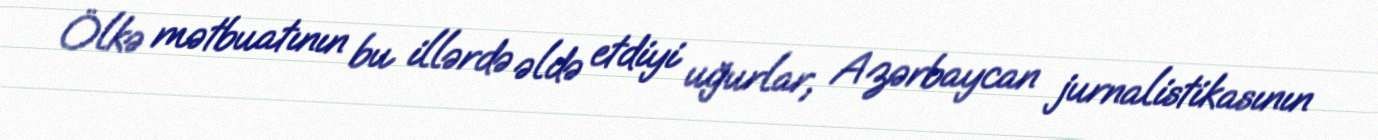
Ölkə mətbuatının bu illərdə əldə etdiyi uğurlar, Azərbaycan jurnalistikasının